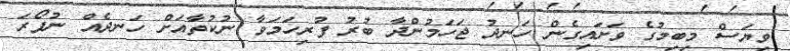
ވިޔަސް މިބިމުގެ ވަށައިގެން ހަނދު ޖަހަމުންދާ ބުރު ފުރިހަމަވާ ނުކުތާއަށް ހަނދެއް ނުފޯރަ